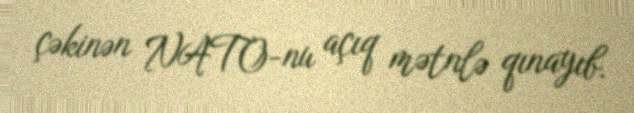
çəkinən NATO-nu açıq mətnlə qınayıb.